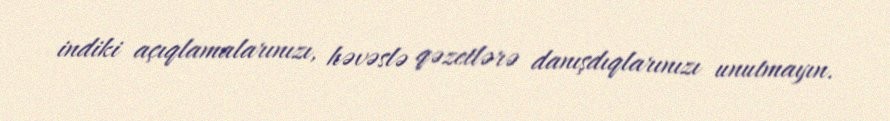
indiki açıqlamalarınızı, həvəslə qəzetlərə danışdıqlarınızı unutmayın.